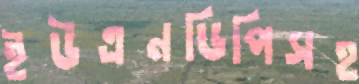
ইউএনডিপিসহ